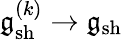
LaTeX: \mathfrak{g}_{\mathrm{sh}}^{(k)}\to\mathfrak{g}_{\mathrm{sh}}